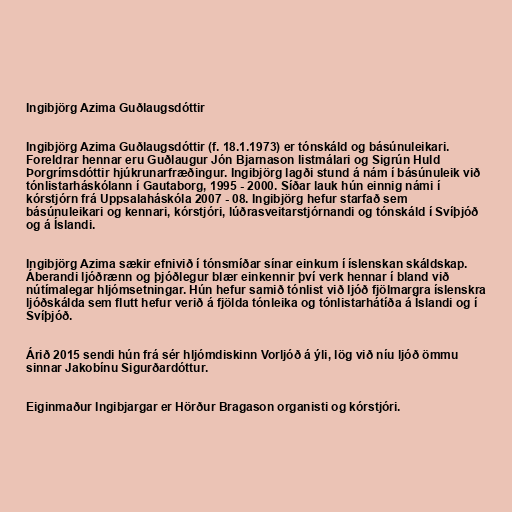
Ingibjörg Azima Guðlaugsdóttir

Ingibjörg Azima Guðlaugsdóttir (f. 18.1.1973) er tónskáld og básúnuleikari.
Foreldrar hennar eru Guðlaugur Jón Bjarnason listmálari og Sigrún Huld
Þorgrímsdóttir hjúkrunarfræðingur. Ingibjörg lagði stund á nám í básúnuleik við
tónlistarháskólann í Gautaborg, 1995 - 2000. Síðar lauk hún einnig námi í
kórstjórn frá Uppsalaháskóla 2007 - 08. Ingibjörg hefur starfað sem
básúnuleikari og kennari, kórstjóri, lúðrasveitarstjórnandi og tónskáld í Svíþjóð
og á Íslandi.

Ingibjörg Azima sækir efnivið í tónsmíðar sínar einkum í íslenskan skáldskap.
Áberandi ljóðrænn og þjóðlegur blær einkennir því verk hennar í bland við
nútímalegar hljómsetningar. Hún hefur samið tónlist við ljóð fjölmargra íslenskra
ljóðskálda sem flutt hefur verið á fjölda tónleika og tónlistarhátíða á Íslandi og í
Svíþjóð.

Árið 2015 sendi hún frá sér hljómdiskinn Vorljóð á ýli, lög við níu ljóð ömmu
sinnar Jakobínu Sigurðardóttur.

Eiginmaður Ingibjargar er Hörður Bragason organisti og kórstjóri.